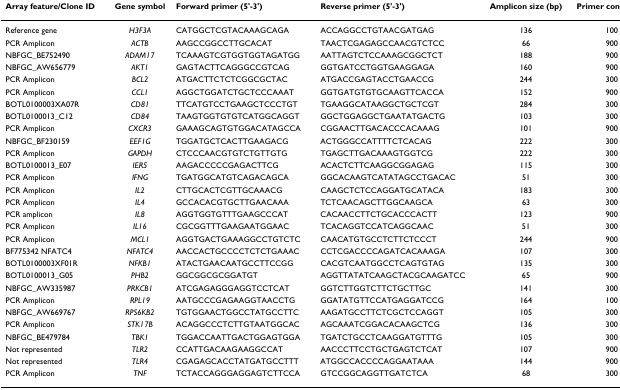
<table><thead><tr><td><b>Array feature/Clone ID</b></td><td><b>Gene symbol</b></td><td><b>Forward primer (5&#x27;-3&#x27;)</b></td><td><b>Reverse primer (5&#x27;-3&#x27;)</b></td><td><b>Amplicon size (bp)</b></td><td><b>Primer conc. (nM)</b></td></tr></thead><tbody><tr><td>Reference gene</td><td><i>H3F3A</i></td><td>CATGGCTCGTACAAAGCAGA</td><td>ACCAGGCCTGTAACGATGAG</td><td>136</td><td>100</td></tr><tr><td>PCR Amplicon</td><td><i>ACTB</i></td><td>AAGCCGGCCTTGCACAT</td><td>TAACTCGAGAGCCAACGTCTCC</td><td>66</td><td>900</td></tr><tr><td>NBFGC_BE752490</td><td><i>ADAM17</i></td><td>TCAAAGTCGTGGTGGTAGATGG</td><td>AATTAGTCTCCAAAGCGGCTCT</td><td>188</td><td>900</td></tr><tr><td>NBFGC_AW656779</td><td><i>AKT1</i></td><td>GAGTACTTCAGGGCCGTCAG</td><td>GGTGATCCTGGTGAAGGAGA</td><td>160</td><td>900</td></tr><tr><td>PCR Amplicon</td><td><i>BCL2</i></td><td>ATGACTTCTCTCGGCGCTAC</td><td>ATGACCGAGTACCTGAACCG</td><td>244</td><td>300</td></tr><tr><td>PCR Amplicon</td><td><i>CCL1</i></td><td>AGGCTGGATCTGCTCCCAAAT</td><td>GGTGATGTGTGCAAGTTCACCA</td><td>152</td><td>900</td></tr><tr><td>BOTL0100003XA07R</td><td><i>CD81</i></td><td>TTCATGTCCTGAAGCTCCCTGT</td><td>TGAAGGCATAAGGCTGCTCGT</td><td>284</td><td>300</td></tr><tr><td>BOTL0100013_C12</td><td><i>CD84</i></td><td>TAAGTGGTGTGTCATGGCAGGT</td><td>GGCTGGAGGCTGAATATGACTG</td><td>103</td><td>300</td></tr><tr><td>PCR Amplicon</td><td><i>CXCR3</i></td><td>GAAAGCAGTGTGGACATAGCCA</td><td>CGGAACTTGACACCCACAAAG</td><td>101</td><td>900</td></tr><tr><td>NBFGC_BF230159</td><td><i>EEF1G</i></td><td>TGGATGCTCACTTGAAGACG</td><td>ACTGGGCCATTTTCTCACAG</td><td>222</td><td>300</td></tr><tr><td>PCR Amplicon</td><td><i>GAPDH</i></td><td>CTCCCAACGTGTCTGTTGTG</td><td>TGAGCTTGACAAAGTGGTCG</td><td>222</td><td>300</td></tr><tr><td>BOTL0100013_E07</td><td><i>IER5</i></td><td>AAGACCCCCGAGACTTCG</td><td>ACACTCTTCAAGGCGGAGAG</td><td>115</td><td>300</td></tr><tr><td>PCR Amplicon</td><td><i>IFNG</i></td><td>TGATGGCATGTCAGACAGCA</td><td>GGCACAAGTCATATAGCCTGACAC</td><td>51</td><td>300</td></tr><tr><td>PCR Amplicon</td><td><i>IL2</i></td><td>CTTGCACTCGTTGCAAACG</td><td>CAAGCTCTCCAGGATGCATACA</td><td>183</td><td>300</td></tr><tr><td>PCR Amplicon</td><td><i>IL4</i></td><td>GCCACACGTGCTTGAACAAA</td><td>TCTCAACAGCTTGGCAAGCA</td><td>63</td><td>300</td></tr><tr><td>PCR amplicon</td><td><i>IL8</i></td><td>AGGTGGTGTTTGAAGCCCAT</td><td>CACAACCTTCTGCACCCACTT</td><td>123</td><td>900</td></tr><tr><td>PCR Amplicon</td><td><i>IL16</i></td><td>CGCGGTTTGAAGAATGGAAC</td><td>TCACAGGTCCATCAGGCAAC</td><td>51</td><td>300</td></tr><tr><td>PCR Amplicon</td><td><i>MCL1</i></td><td>AGGTGACTGAAAGGCCTGTCTC</td><td>CAACATGTGCCTCTTCTCCCT</td><td>244</td><td>900</td></tr><tr><td>BF775342 NFATC4</td><td><i>NFATC4</i></td><td>AACCACTGCCCCTCTCTGAAAC</td><td>CCTCGACCCCAGATCACAAAGA</td><td>107</td><td>300</td></tr><tr><td>BOTL0100003XF01R</td><td><i>NFKB1</i></td><td>ATACTGAACAATGCCTTCCGG</td><td>CACGTCAATGGCCTCAGTGTAG</td><td>135</td><td>300</td></tr><tr><td>BOTL0100013_G05</td><td><i>PHB2</i></td><td>GGCGGCGCGGATGT</td><td>AGGTTATATCAAGCTACGCAAGATCC</td><td>65</td><td>900</td></tr><tr><td>NBFGC_AW335987</td><td><i>PRKCB1</i></td><td>ATCGAGAGGGAGGTCCTCAT</td><td>GGTCTTGGTCTTCTGCTTGC</td><td>141</td><td>300</td></tr><tr><td>PCR Amplicon</td><td><i>RPL19</i></td><td>AATGCCCGAGAAGGTAACCTG</td><td>GGATATGTTCCATGAGGATCCG</td><td>164</td><td>100</td></tr><tr><td>NBFGC_AW669767</td><td><i>RPS6KB2</i></td><td>TGTGGAACTGGCCTATGCCTTC</td><td>AAGATGCCTTCTCGCTCCAGGT</td><td>105</td><td>300</td></tr><tr><td>PCR Amplicon</td><td><i>STK17B</i></td><td>ACAGGCCCTCTTGTAATGGCAC</td><td>AGCAAATCGGACACAAGCTCG</td><td>136</td><td>300</td></tr><tr><td>NBFGC_BE479784</td><td><i>TBK1</i></td><td>TGGACCAATTGACTGGAGTGGA</td><td>TGATCTGCCTCAAGGATGTTTG</td><td>105</td><td>300</td></tr><tr><td>Not represented</td><td><i>TLR2</i></td><td>CCATTGACAAGAAGGCCAT</td><td>AACCCTTCCTGCTGAGTCTCAT</td><td>107</td><td>900</td></tr><tr><td>Not represented</td><td><i>TLR4</i></td><td>CGAGAGCACCTATGATGCCTTT</td><td>ATGGCCACCCCAGGAATAAA</td><td>144</td><td>900</td></tr><tr><td>PCR Amplicon</td><td><i>TNF</i></td><td>TCTACCAGGGAGGAGTCTTCCA</td><td>GTCCGGCAGGTTGATCTCA</td><td>68</td><td>300</td></tr></tbody></table>